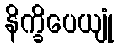
နိက္ခိပေယျုံ